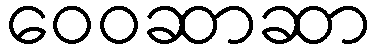
ဝေဝဆာဆာ